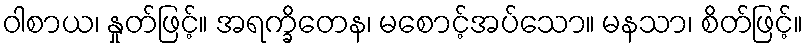
ဝါစာယ၊ နှုတ်ဖြင့်။ အရက္ခိတေန၊ မစောင့်အပ်သော။ မနသာ၊ စိတ်ဖြင့်။